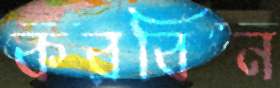
করবিন